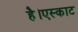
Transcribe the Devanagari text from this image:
है।एस्काट